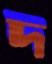
দ